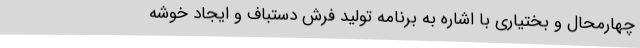
چهارمحال و بختیاری با اشاره به برنامه تولید فرش دستباف و ایجاد خوشه